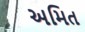
અમિત